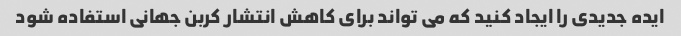
ایده جدیدی را ایجاد کنید که می تواند برای کاهش انتشار کربن جهانی استفاده شود